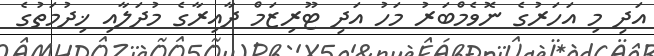
އަދި މި އަހަރުގެ ނޮވެމްބަރު މަހު އަދި ޓޫރިޒަމް ދާއިރާގެ މުދަލާއި ޚިދުމަތުގެ